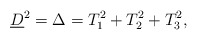
\begin{align*} \underline{D}^2=\Delta=T_1^2+T_2^2+T_3^2,\end{align*}